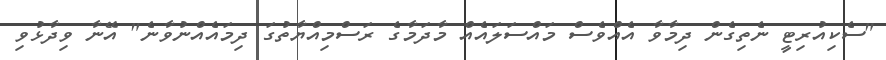
"ސެކިއުރިޓީ ނެތިގެން ދިމާވާ އެއްވެސް މައްސަލައެއް މާދަމާގެ ރަސްމިއްޔާތުގަ ދިމައެއްނުވާނެ" އޭނާ ވިދާޅުވި